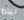
نيادا